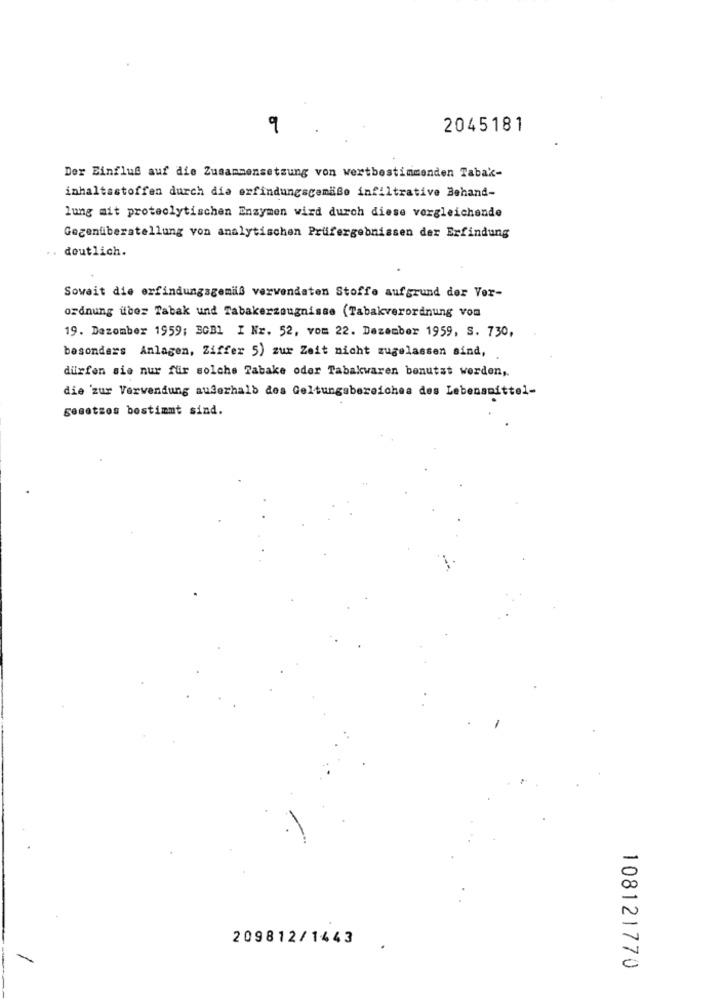
9
2045181
Der Einfluß auf die Zusammensetzung von wertbestimmenden Tabak-
inhaltsstoffen durch die erfindungsgemäßo infiltrative Behand-
lung ait proteolytischen Enzymen wird durch diese vergleichende
Gegenüberstellung von analytischen Prüfergebnissen der Erfindung
deutlich.
Sowait die erfindungsgemäß vervendaten Stoffe aufgrund der Ver-
ordnung uber Tabak und Tabakerzeugnisse (Tabakverordnung vom
19. Dezember 1959; BGB1 I Nr. 52, vom 22. Dezember 1959, S. 730,
besonders Anlagen, Ziffer 5) zur Zeit nicht zugelassen sind,
dürfen sie nur für solche Tabake oder Tabakwaren benutzt werden ,.
die 'zur Verwendung außerhalb des Geltungsbereiches des Lebensmittel-
gesetzes bestimmt sind.
209812/1443
108121770